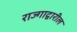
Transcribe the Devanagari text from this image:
राज्गाद्वारील